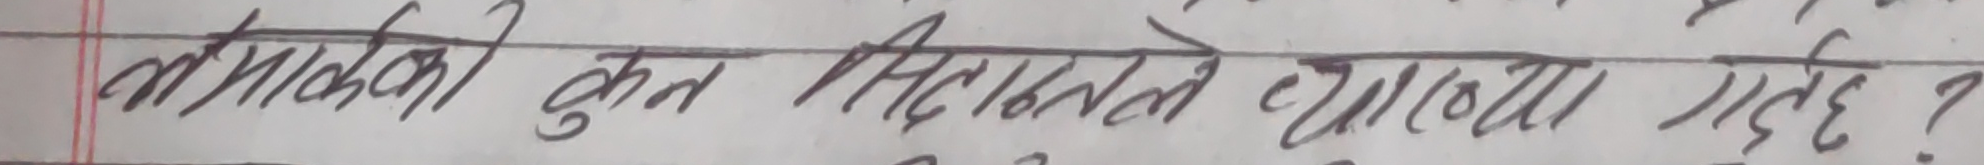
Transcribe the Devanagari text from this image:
अमरावती कुन सिद्धान्तले व्याख्या गर्छ ?